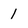
Character: 1